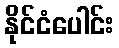
နိုင်ငံပေါင်း